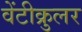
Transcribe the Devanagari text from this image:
वेंटीक्रुलर